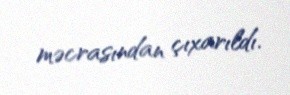
məcrasından çıxarıldı.